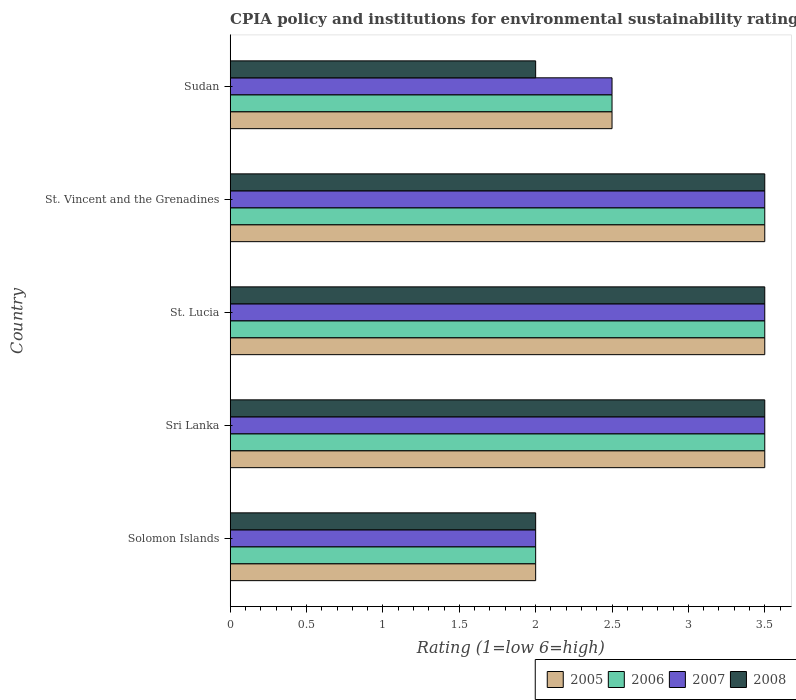
| Country | 2005 | 2006 | 2007 | 2008 |
 | --- | --- | --- | --- | --- |
 | Solomon Islands | 2 | 2 | 2 | 2 |
 | Sri Lanka | 3.5 | 3.5 | 3.5 | 3.5 |
 | St. Lucia | 3.5 | 3.5 | 3.5 | 3.5 |
 | St. Vincent and the Grenadines | 3.5 | 3.5 | 3.5 | 3.5 |
 | Sudan | 2.5 | 2.5 | 2.5 | 2 |